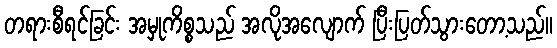
တရားစီရင်ခြင်း အမှုကိစ္စသည် အလိုအလျောက် ပြီးပြတ်သွားတော့သည်။